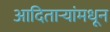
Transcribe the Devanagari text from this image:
आदितार्‍यांमधून